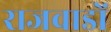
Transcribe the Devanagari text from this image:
राजवाडों